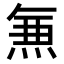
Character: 𭵄